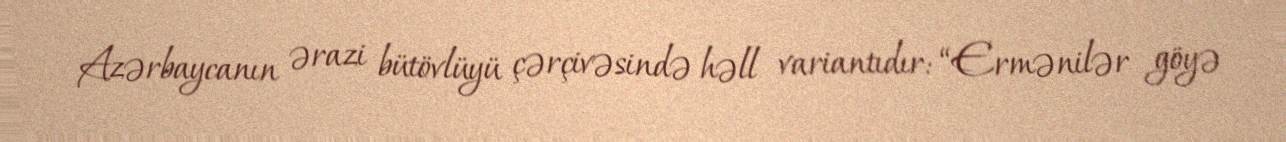
Azərbaycanın ərazi bütövlüyü çərçivəsində həll variantıdır: “Ermənilər göyə